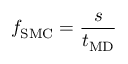
f _ { \mathrm { S M C } } = \frac { s } { t _ { \mathrm { M D } } }